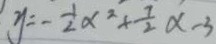
y = - \frac { 1 } { 2 } \alpha ^ { 2 } + \frac { 7 } { 2 } \alpha - 3